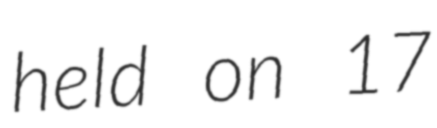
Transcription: held on 17